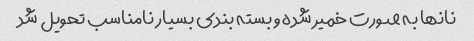
نانها به صورت خمیر شده و بسته بندی بسیار نامناسب تحویل شد